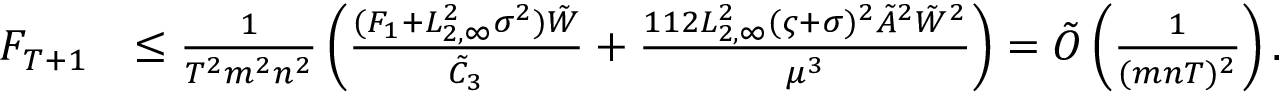
\begin{array} { r l } { F _ { T + 1 } } & { \le \frac { 1 } { T ^ { 2 } m ^ { 2 } n ^ { 2 } } \left( \frac { ( F _ { 1 } + L _ { 2 , \infty } ^ { 2 } \sigma ^ { 2 } ) \tilde { W } } { \tilde { C } _ { 3 } } + \frac { 1 1 2 L _ { 2 , \infty } ^ { 2 } ( \varsigma + \sigma ) ^ { 2 } \tilde { A } ^ { 2 } { \tilde { W } } ^ { 2 } } { \mu ^ { 3 } } \right) = \tilde { O } \left( \frac { 1 } { ( m n T ) ^ { 2 } } \right) . } \end{array}